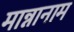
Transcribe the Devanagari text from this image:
मान्नानाम